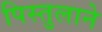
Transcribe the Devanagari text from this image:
पिस्तुलाने